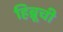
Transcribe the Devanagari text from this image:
हिब्रूची